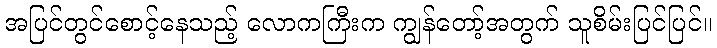
အပြင်တွင်စောင့်နေသည့် လောကကြီးက ကျွန်တော့်အတွက် သူစိမ်းပြင်ပြင်။